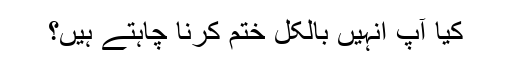
کیا آپ انہیں بالکل ختم کرنا چاہتے ہیں؟